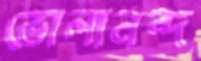
ভোলানন্দ